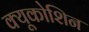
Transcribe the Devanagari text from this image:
क्यूकोशिन